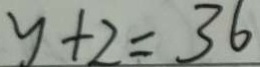
y + 2 = 3 6